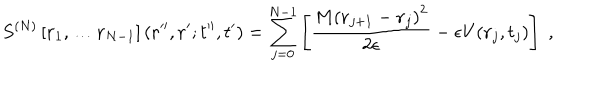
S ^ { ( N ) } \left[ { \bf r } _ { 1 } , \dots { \bf r } _ { N - 1 } \right] ( { \bf r } ^ { \prime \prime } , { \bf r } ^ { \prime } ; t ^ { \prime \prime } , t ^ { \prime } ) = \sum _ { j = 0 } ^ { N - 1 } \left[ \frac { M \left( { \bf r } _ { j + 1 } - { \bf r } _ { j } \right) ^ { 2 } } { 2 \epsilon } - \epsilon V ( { \bf r } _ { j } , t _ { j } ) \right] \; ,